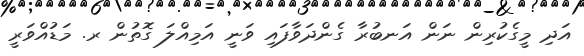
އަދި މީގެކުރިން ނަން އަނބުރާ ގެންދަވާފައި ވަނީ އަމިއްލަ ގޮތުން ރ. މަޑުއްވަރީ